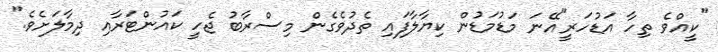
"ކީއްވެ ތިހާ އަޑުހަރީ"އޭނަ މަޑުމަޑުން ކިޔާލާފައި ތެދުވެގެން މިސްރާބު ޖެހީ ކައުންޓަރާއި ދިމާލަށެވެ."